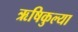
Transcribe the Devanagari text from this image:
ऋषिकुल्या